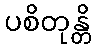
ပစိတုန္တိ